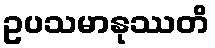
ဥပသမာနုဿတိ